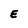
Character: E